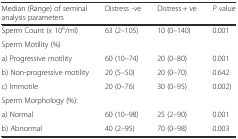
| Median (Range) of seminal analysis parameters | Distress -ve | Distress + ve | P value |
 | --- | --- | --- | --- |
 | Sperm Count (x 106/ml) | 63 (2–105) | 10 (0–140) | 0.001 |
 | Sperm Motility (%) |  |  |  |
 | a) Progressive motility | 60 (10–74) | 20 (0–80) | 0.001 |
 | b) Non-progressive motility | 20 (5–50) | 20 (0–70) | 0.642 |
 | c) Immotile | 20 (0–76) | 30 (0–95) | 0.002) |
 | Sperm Morphology (%): |  |  |  |
 | a) Normal | 60 (10–98) | 25 (2–90) | 0.001 |
 | b) Abnormal | 40 (2–95) | 70 (0–98) | 0.003 |